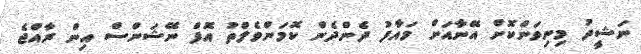
ނަޝީދު މިނިވަންކޮށް އޭނާއަށް މައާފު ދެންދެން ކޮމަންވެލްތު އޮފް ނޭޝަންސް އިން ރާއްޖެ